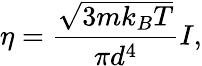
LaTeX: \eta=\frac{\sqrt{3mk_{B}T}}{\pi d^{4}}I,